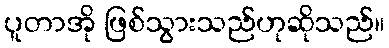
ပူတာအို ဖြစ်သွားသည်ဟုဆိုသည်။